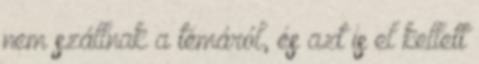
nem szállnak a témáról, és azt is el kellett